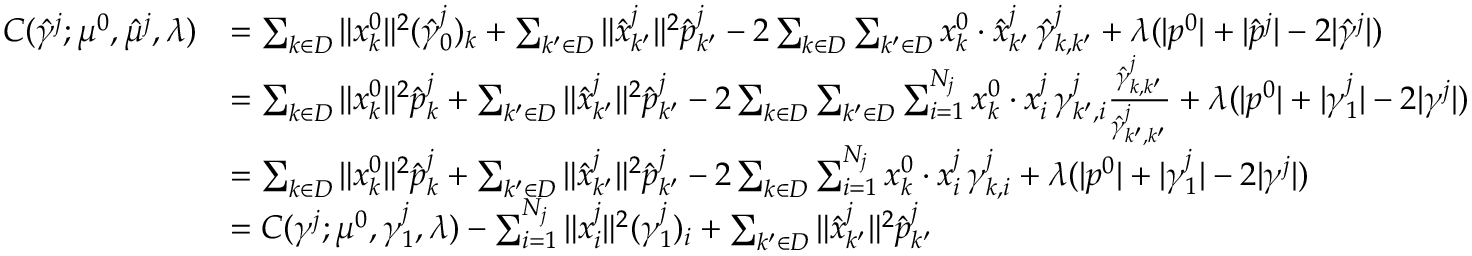
\begin{array} { r l } { C ( \hat { \gamma } ^ { j } ; \mu ^ { 0 } , \hat { \mu } ^ { j } , \lambda ) } & { = \sum _ { k \in D } \| x _ { k } ^ { 0 } \| ^ { 2 } ( \hat { \gamma } _ { 0 } ^ { j } ) _ { k } + \sum _ { k ^ { \prime } \in D } \| \hat { x } _ { k ^ { \prime } } ^ { j } \| ^ { 2 } \hat { p } _ { k ^ { \prime } } ^ { j } - 2 \sum _ { k \in D } \sum _ { k ^ { \prime } \in D } x _ { k } ^ { 0 } \cdot \hat { x } _ { k ^ { \prime } } ^ { j } \, \hat { \gamma } _ { k , k ^ { \prime } } ^ { j } + \lambda ( | p ^ { 0 } | + | \hat { p } ^ { j } | - 2 | \hat { \gamma } ^ { j } | ) } \\ & { = \sum _ { k \in D } \| x _ { k } ^ { 0 } \| ^ { 2 } \hat { p } _ { k } ^ { j } + \sum _ { k ^ { \prime } \in D } \| \hat { x } _ { k ^ { \prime } } ^ { j } \| ^ { 2 } \hat { p } _ { k ^ { \prime } } ^ { j } - 2 \sum _ { k \in D } \sum _ { k ^ { \prime } \in D } \sum _ { i = 1 } ^ { N _ { j } } x _ { k } ^ { 0 } \cdot x _ { i } ^ { j } \, \gamma _ { k ^ { \prime } , i } ^ { j } \frac { \hat { \gamma } _ { k , k ^ { \prime } } ^ { j } } { \hat { \gamma } _ { k ^ { \prime } , k ^ { \prime } } ^ { j } } + \lambda ( | p ^ { 0 } | + | \gamma _ { 1 } ^ { j } | - 2 | \gamma ^ { j } | ) } \\ & { = \sum _ { k \in D } \| x _ { k } ^ { 0 } \| ^ { 2 } \hat { p } _ { k } ^ { j } + \sum _ { k ^ { \prime } \in D } \| \hat { x } _ { k ^ { \prime } } ^ { j } \| ^ { 2 } \hat { p } _ { k ^ { \prime } } ^ { j } - 2 \sum _ { k \in D } \sum _ { i = 1 } ^ { N _ { j } } x _ { k } ^ { 0 } \cdot x _ { i } ^ { j } \, \gamma _ { k , i } ^ { j } + \lambda ( | p ^ { 0 } | + | \gamma _ { 1 } ^ { j } | - 2 | \gamma ^ { j } | ) } \\ & { = C ( \gamma ^ { j } ; \mu ^ { 0 } , \gamma _ { 1 } ^ { j } , \lambda ) - \sum _ { i = 1 } ^ { N _ { j } } \| x _ { i } ^ { j } \| ^ { 2 } ( \gamma _ { 1 } ^ { j } ) _ { i } + \sum _ { k ^ { \prime } \in D } \| \hat { x } _ { k ^ { \prime } } ^ { j } \| ^ { 2 } \hat { p } _ { k ^ { \prime } } ^ { j } } \end{array}